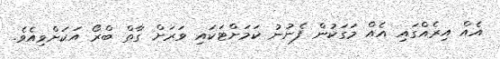
އެއް އިރެއްގައި އެއް މަގަކުން ފެނުނު ކަމަށްޓަކައި ވަރަށް ގާތް ބްރޯ އަކަށްވިއެވެ.